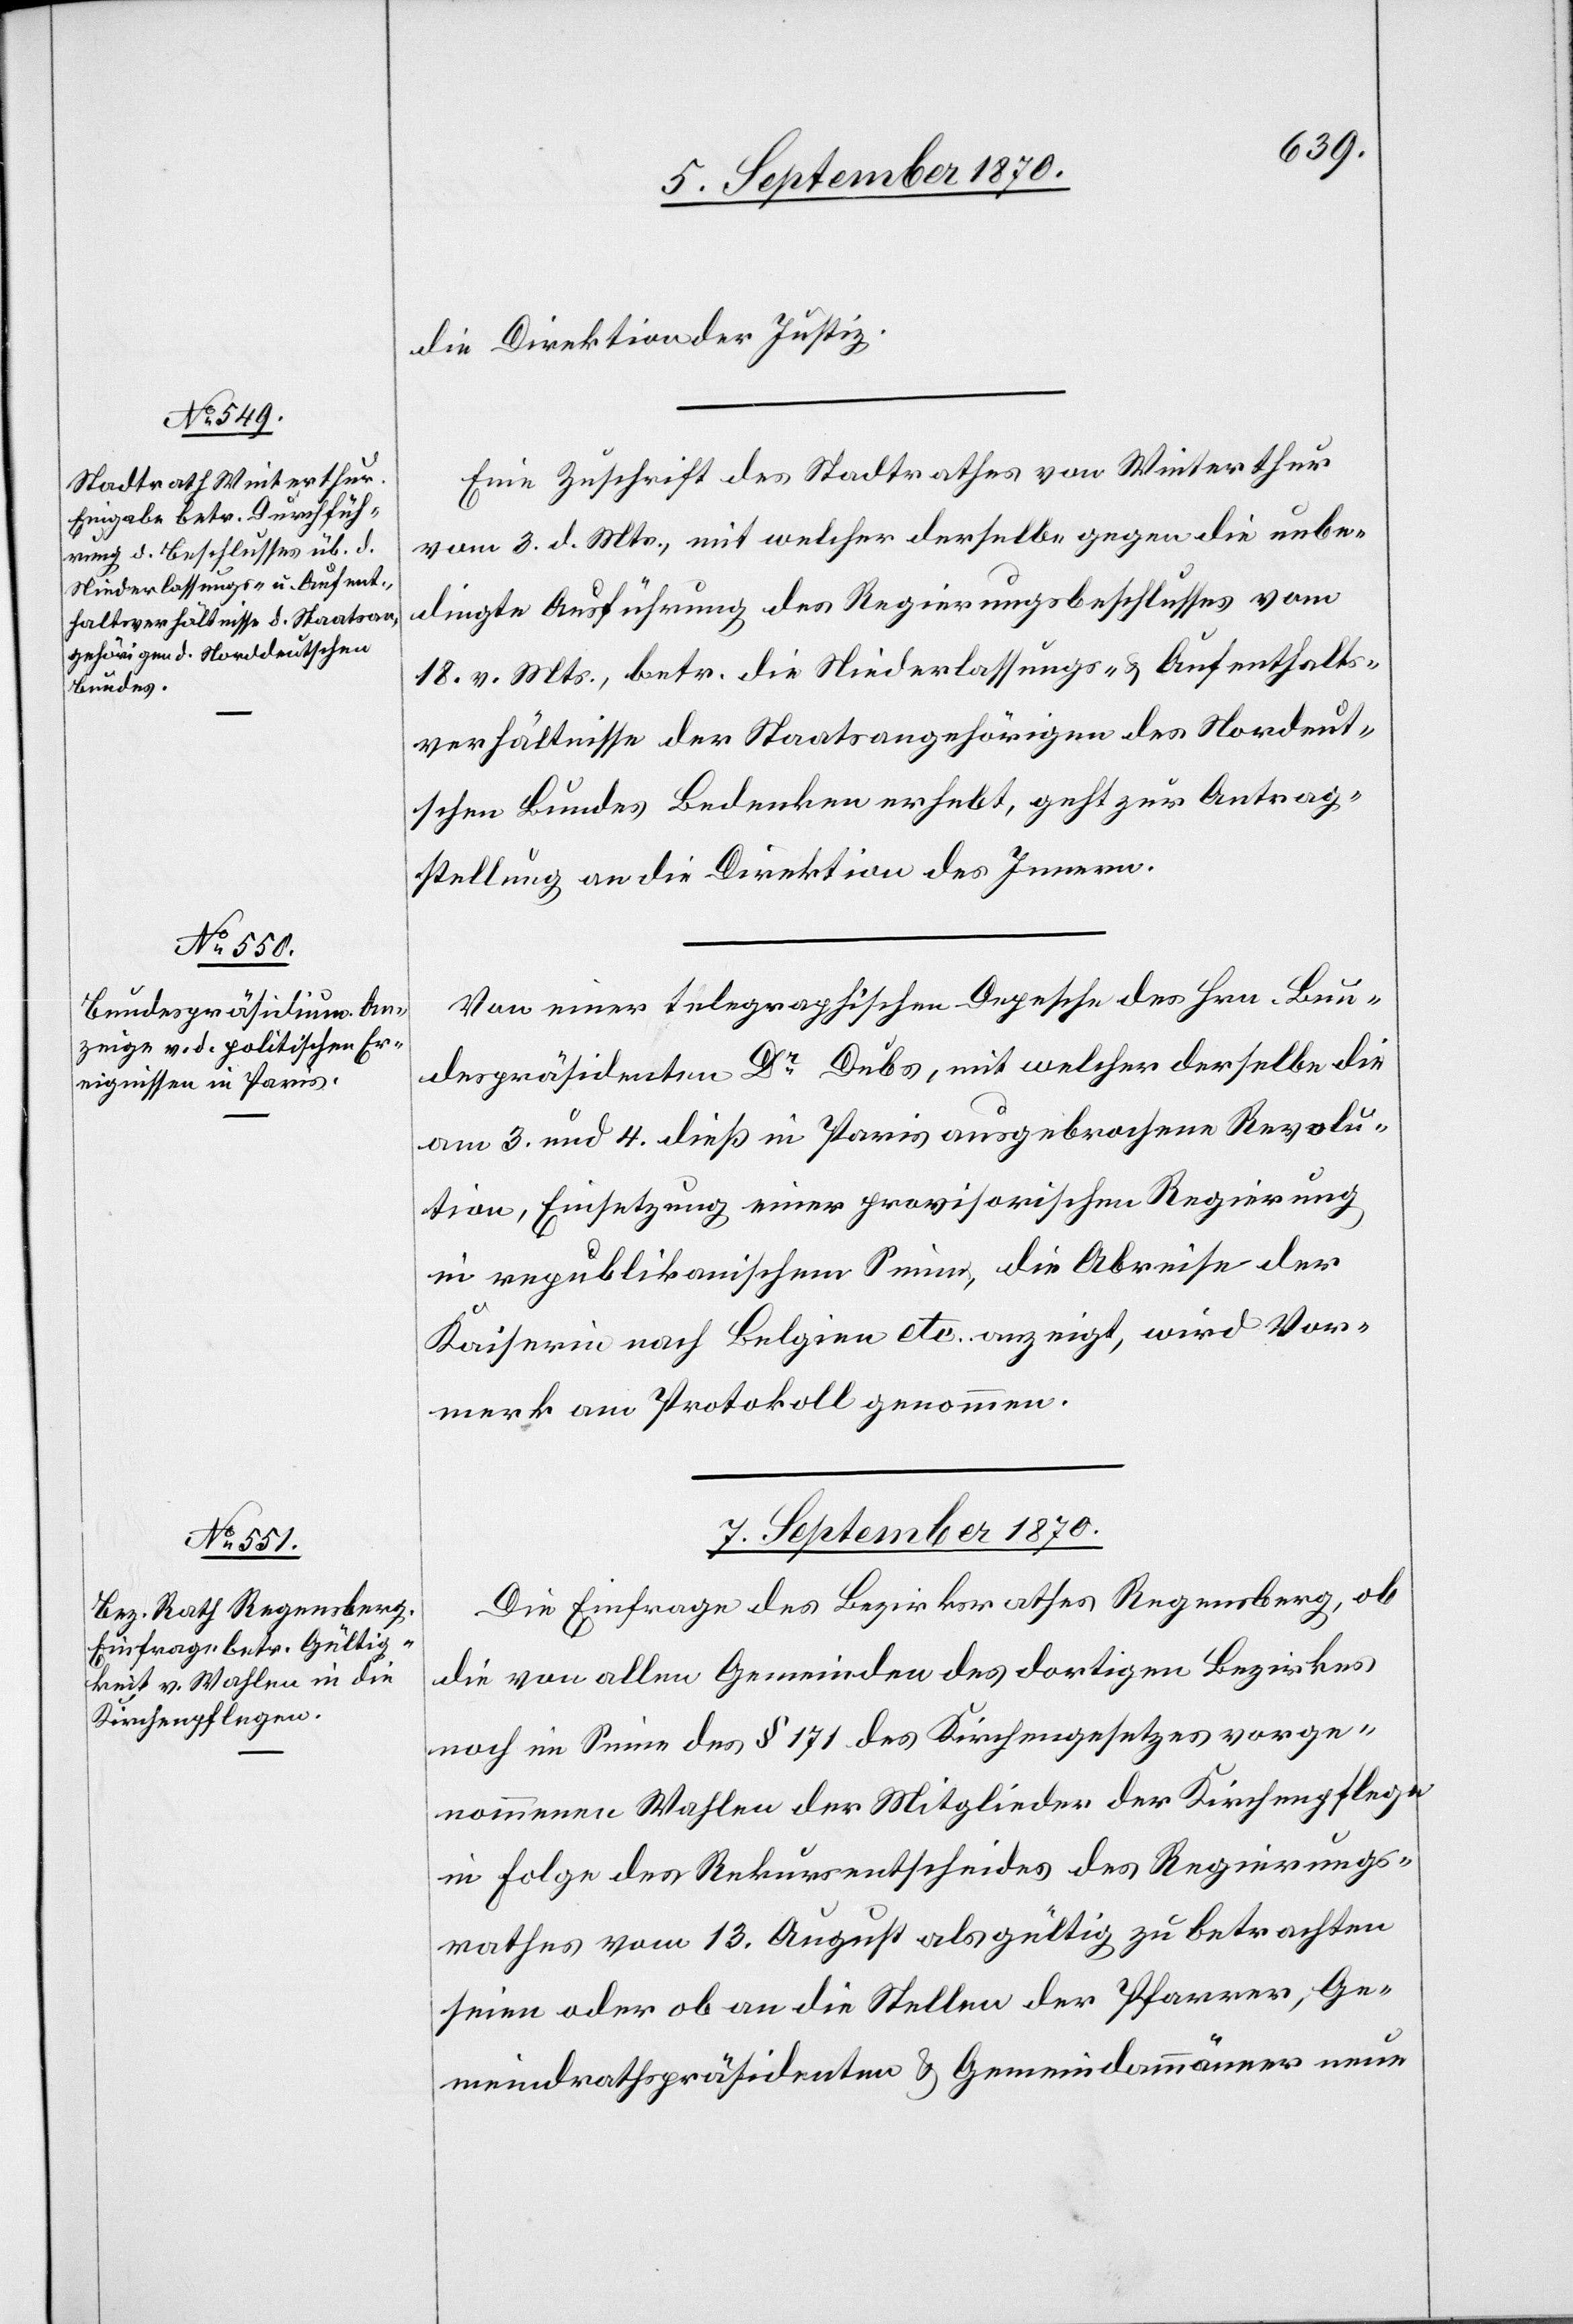
stellung

5. September 1870.]
die Direktion der Justiz.
Eine Zuschrift des Stadtrathes von Winterthur
vom 3. d. Mts, mit welcher derselbe gegen die unbe¬
dingte Ausführung des Regierungsbeschlusses vom
18. v. Mts., betr. die Niederlassungs- & Aufenthalts¬
verhältnisse der Staatsangehörigen des Norddeut¬
schen Bundes Bedenken erhebt, geht zur Antrag¬
Von einer telegraphischen Depesche des Hrn. Bun¬
despräsidenten Dr Dubs, mit welcher derselbe die
am 3. und 4. dieß in Paris ausgebrochene Revolu¬
tion, Einsetzung einer provisorischen Regierung
im republikanischen Sinne, die Abreise der
Kaiserin nach Belgien etc. anzeigt, wird Vor¬
merk am Protokoll genommen.
7. September 1870.
Die Einfrage des Bezirksrathes Regensberg, ob
die von allen Gemeinden des dortigen Bezirkes
noch im Sinne des § 171 des Kirchengesetzes vorge¬
nommenen Wahlen der Mitglieder der Kirchenpflege
in Folge des Rekursentscheides des Regierungs¬
rathes vom 13. August als gültig zu betrachten
seien oder ob an die Stellen der Pfarrer, Ge¬
meindrathspräsidenten & Gemeindammänner neue